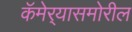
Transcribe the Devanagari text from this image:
कॅमेर्‍यासमोरील